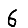
Digit: 6